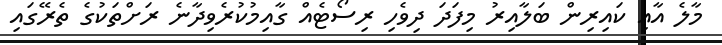
މާލެ އާއި ކައިރިން ބަލާއިރު މިފަދަ ދިވެހި ރިސޯޓެއް ގާއިމުކުރެވިދާނެ ރަށްތަކުގެ ތެރޭގައި